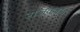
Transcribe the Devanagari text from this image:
राजवल्लाव